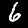
Digit: 6